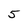
Character: 5